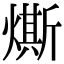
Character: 燍